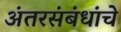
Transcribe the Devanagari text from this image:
अंतरसंबंधांचे